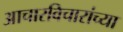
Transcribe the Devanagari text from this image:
आचारविचारांच्या